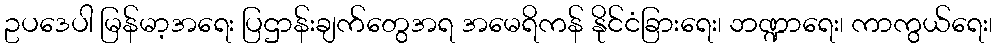
ဥပဒေပါ မြန်မာ့အရေး ပြဌာန်းချက်တွေအရ အမေရိကန် နိုင်ငံခြားရေး၊ ဘဏ္ဍာရေး၊ ကာကွယ်ရေး၊